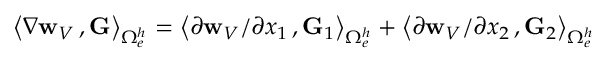
\big \langle \nabla { { \bf w } _ { V } } \, , { \bf G } \big \rangle _ { \Omega _ { e } ^ { h } } = \big \langle \partial { { \bf w } _ { V } } / \partial x _ { 1 } \, , { \bf G } _ { 1 } \big \rangle _ { \Omega _ { e } ^ { h } } + \big \langle \partial { { \bf w } _ { V } } / \partial x _ { 2 } \, , { \bf G } _ { 2 } \big \rangle _ { \Omega _ { e } ^ { h } }